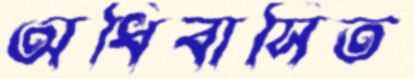
অধিবাসিত